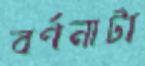
বর্ণনাটা